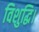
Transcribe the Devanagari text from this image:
विशुद्धि।